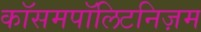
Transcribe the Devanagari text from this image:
कॉसमपॉलिटनिज़म